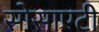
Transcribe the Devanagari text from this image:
सोसाएटी